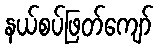
နယ်စပ်ဖြတ်ကျော်